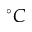
^ { \circ } C